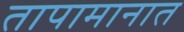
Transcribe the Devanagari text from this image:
तापामानात